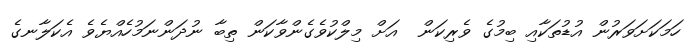
ހަމަކަށަވަރުން އުޑުތަކާއި ބިމުގެ ވެރިކަން  އަށް މިލްކުވެގެންވާކަން ތިބާ ނުދަންނަމުހެއްޔެވެ އެކަލާނގެ